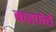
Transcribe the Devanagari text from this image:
करणेचे